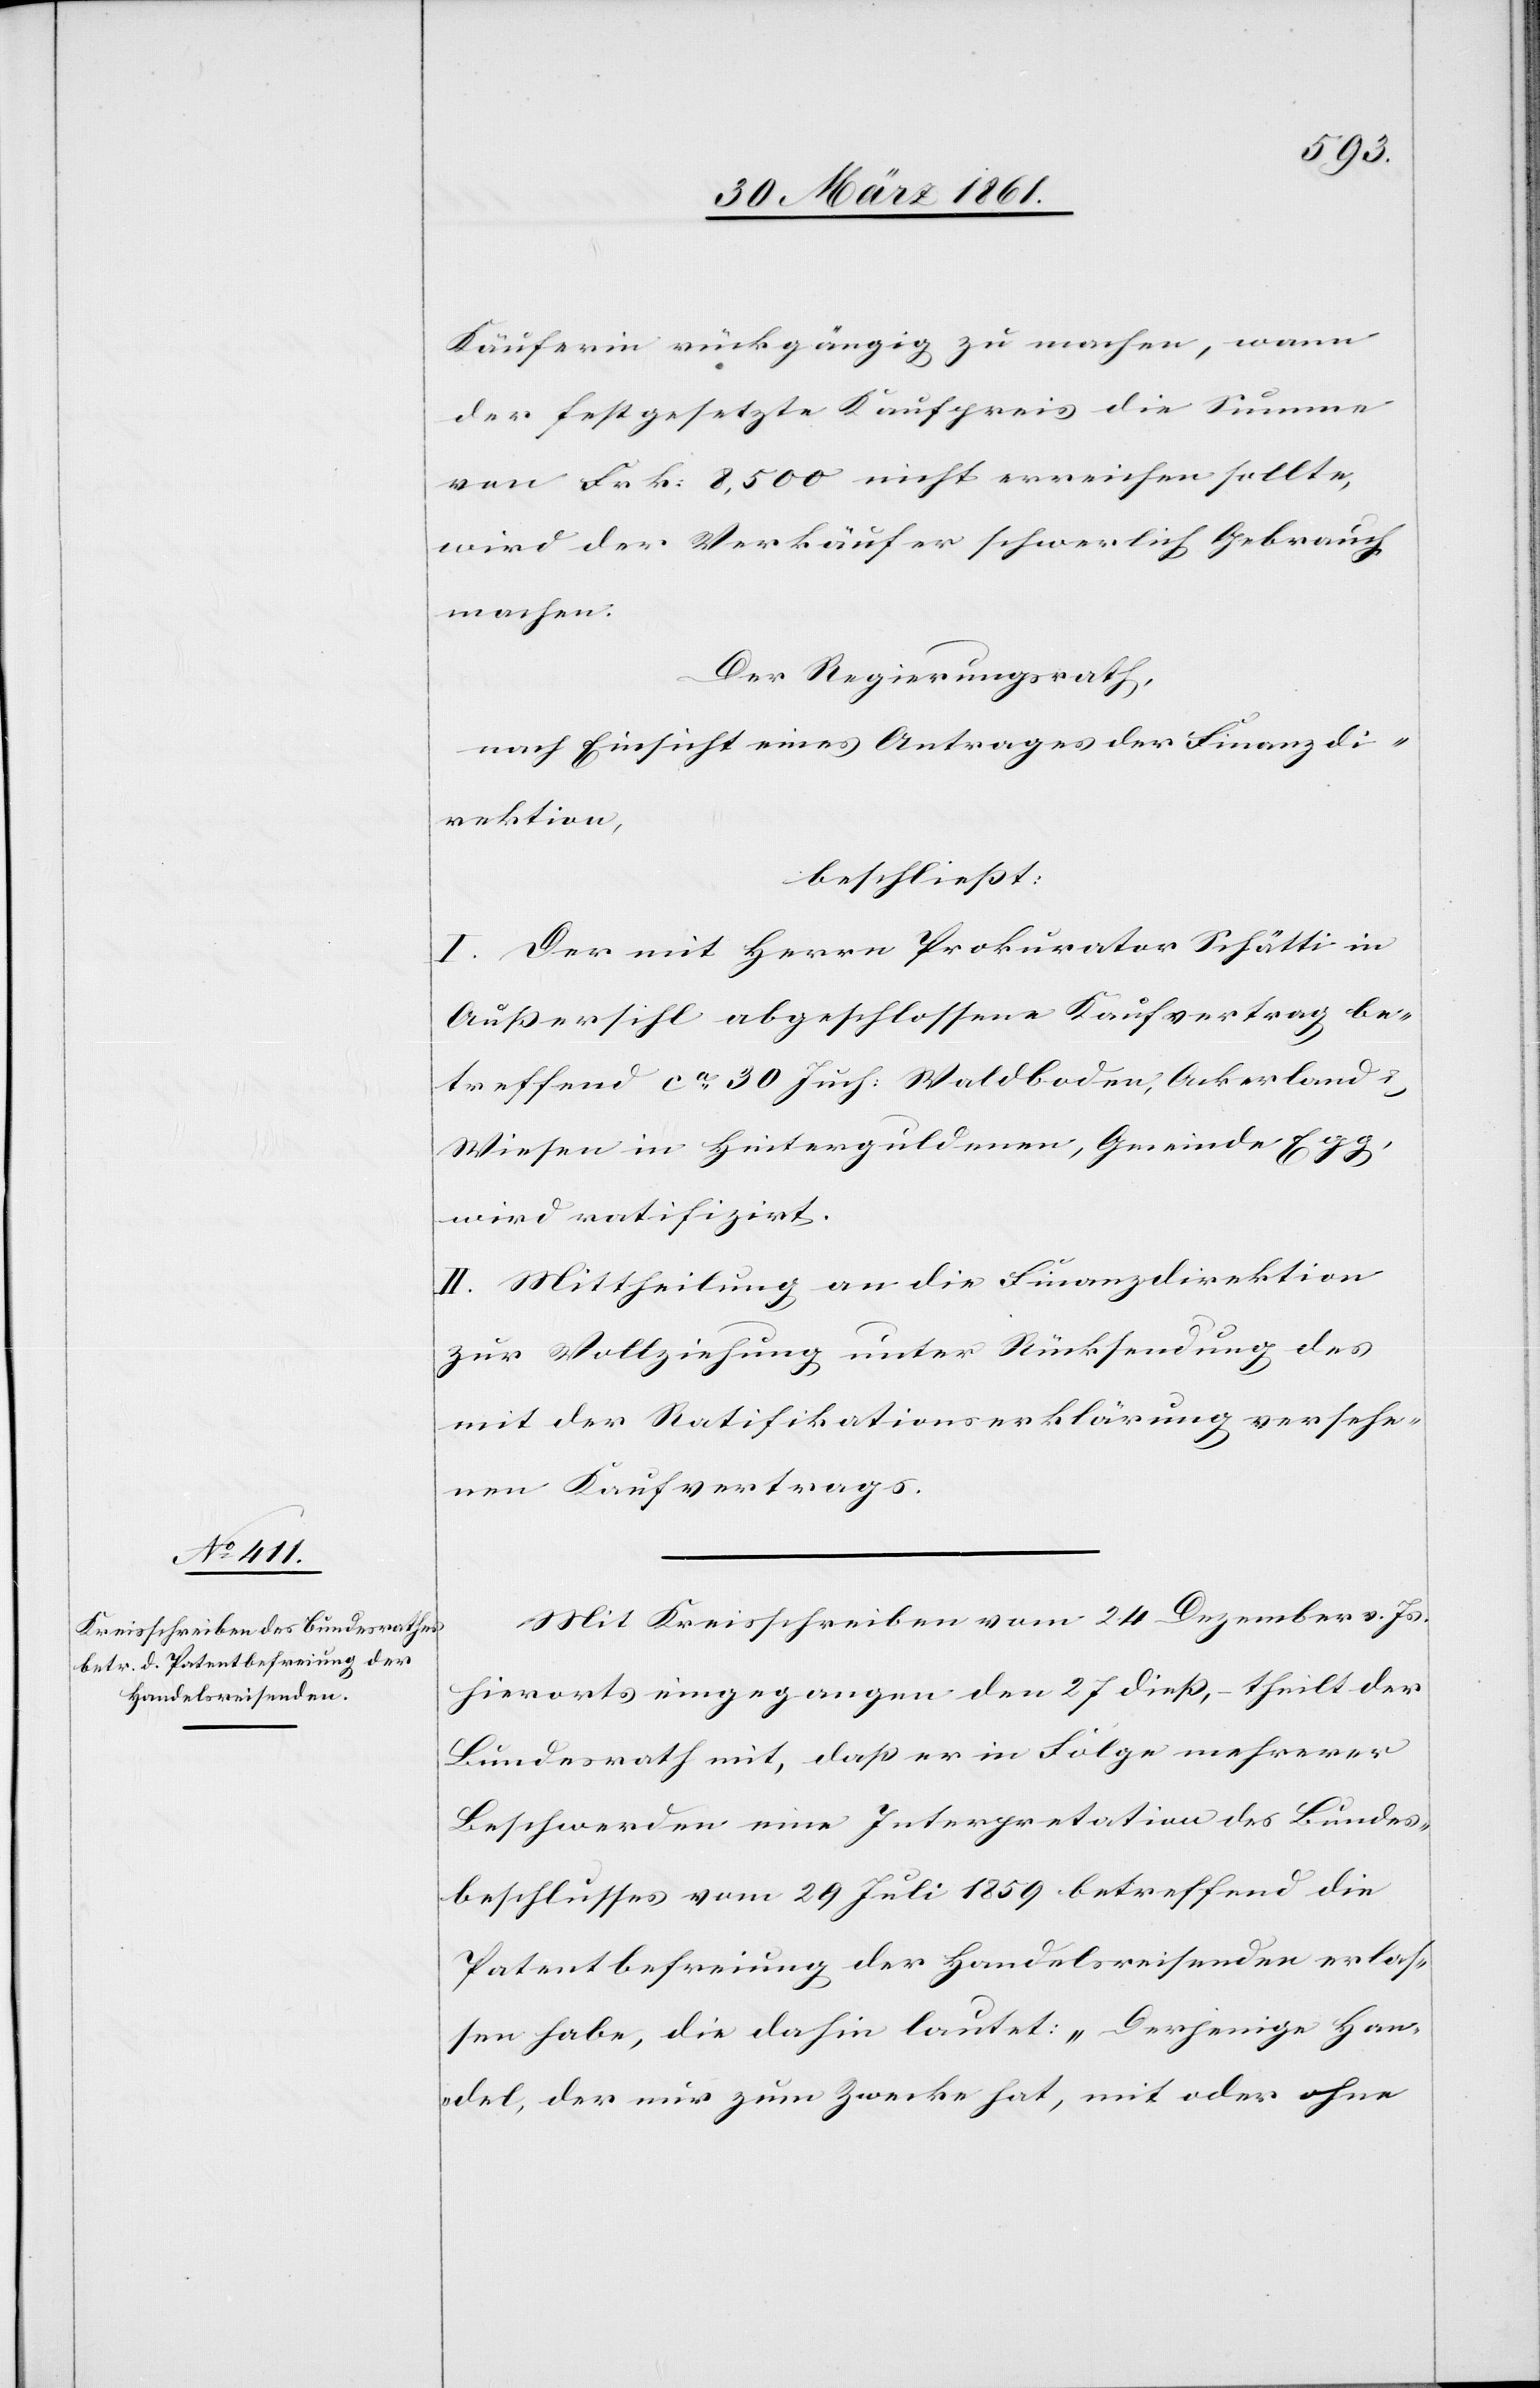
Käuferin rückgängig zu machen, wann
der festgesetzte Kaufpreis die Summe
von Frk: 8,500 nicht erreichen sollte,
wird der Verkäufer schwerlich Gebrauch
machen.
Der Regierungsrath,
nach Einsicht eines Antrages der Finanzdi¬
rektion,
beschließt:
I. Der mit Herrn Prokurator Schätti in
Außersihl abgeschlossene Kaufvertrag be¬
treffend ca 30 Juch: Waldboden, Ackerland u.
Wiesen in Hinterguldenen, Gemeinde Egg,
wird ratifizirt.
II. Mittheilung an die Finanzdirektion
zur Vollziehung unter Rücksendung des
mit der Ratifikationserklärung versehe¬
nen Kaufvertrags.
Mit Kreisschreiben vom 24. Dezember v. Js.
hierorts eingegangen den 27. dieß, theilt der
Bundesrath mit, daß er in Folge mehrerer
Beschwerden eine Interpretation des Bundes¬
beschlusses vom 29. Juli 1859 betreffend die
Patentbefreiung der Handelsreisenden erlas¬
sen habe, die dahin lautet: „Derjenige Han¬
del, der nur zum Zwecke hat, mit oder ohne